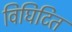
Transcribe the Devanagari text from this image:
विघिटित